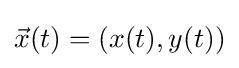
{\vec {x}}(t)=(x(t),y(t))